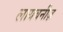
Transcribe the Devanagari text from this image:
लायबनीज़